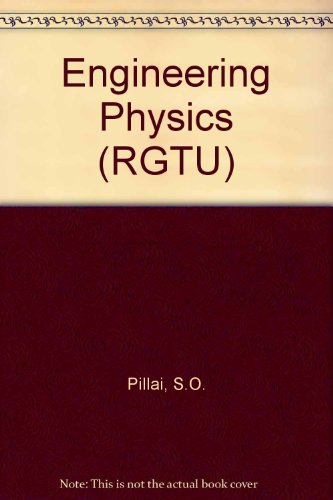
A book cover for Engineering Physics (RGTU); S.O. Pillai; Science & Math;